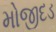
મોજીદડ